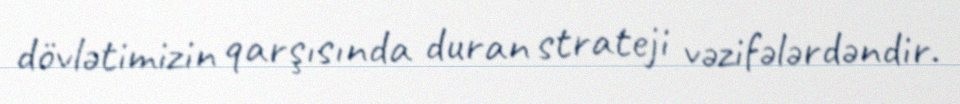
dövlətimizin qarşısında duran strateji vəzifələrdəndir.